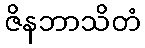
ဇိနဘာသိတံ